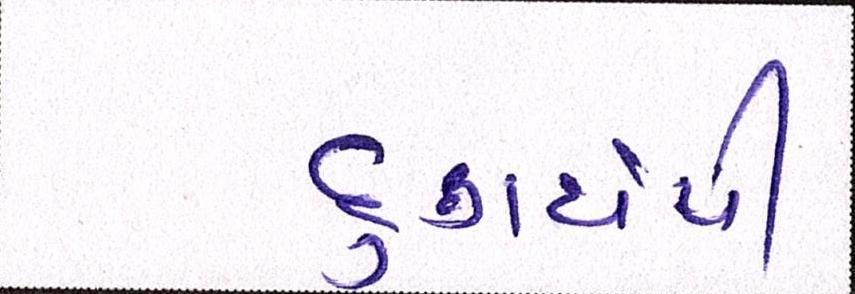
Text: દુર્ગંધથી